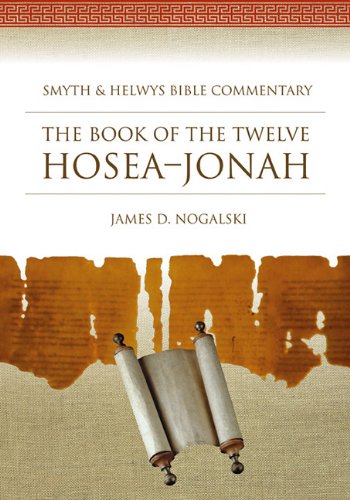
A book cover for Hosea-Jonah (Smyth & Helwys Bible Commentary) (Book & CD); James D. Nogalski; Christian Books & Bibles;